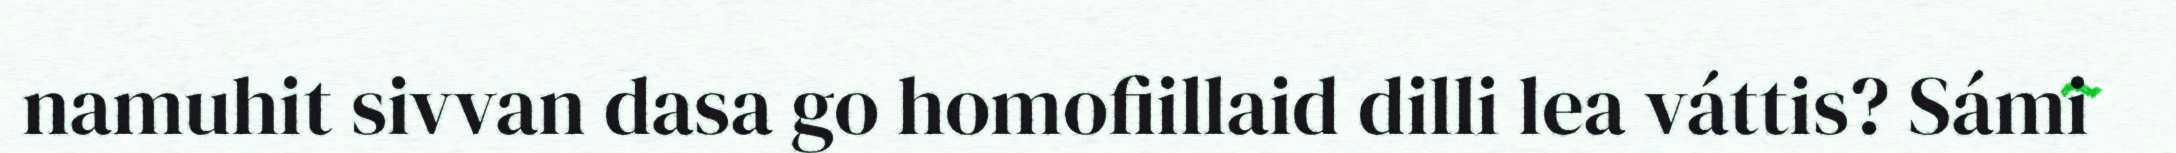
namuhit sivvan dasa go homofiillaid dilli lea váttis? Sámi